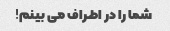
شما را در اطراف می بینم!